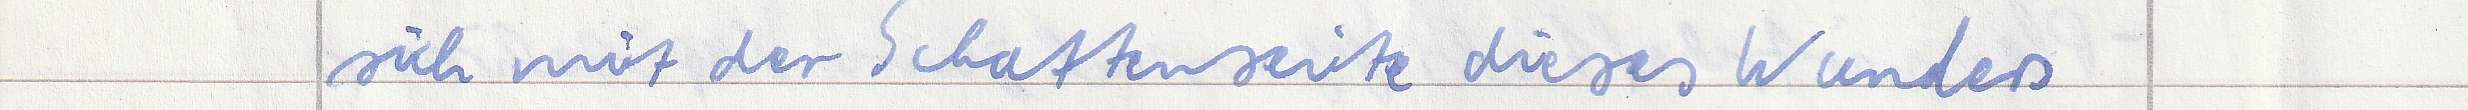
sich mit der Schattenseite dieses Wunders